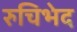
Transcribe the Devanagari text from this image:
रुचिभेद